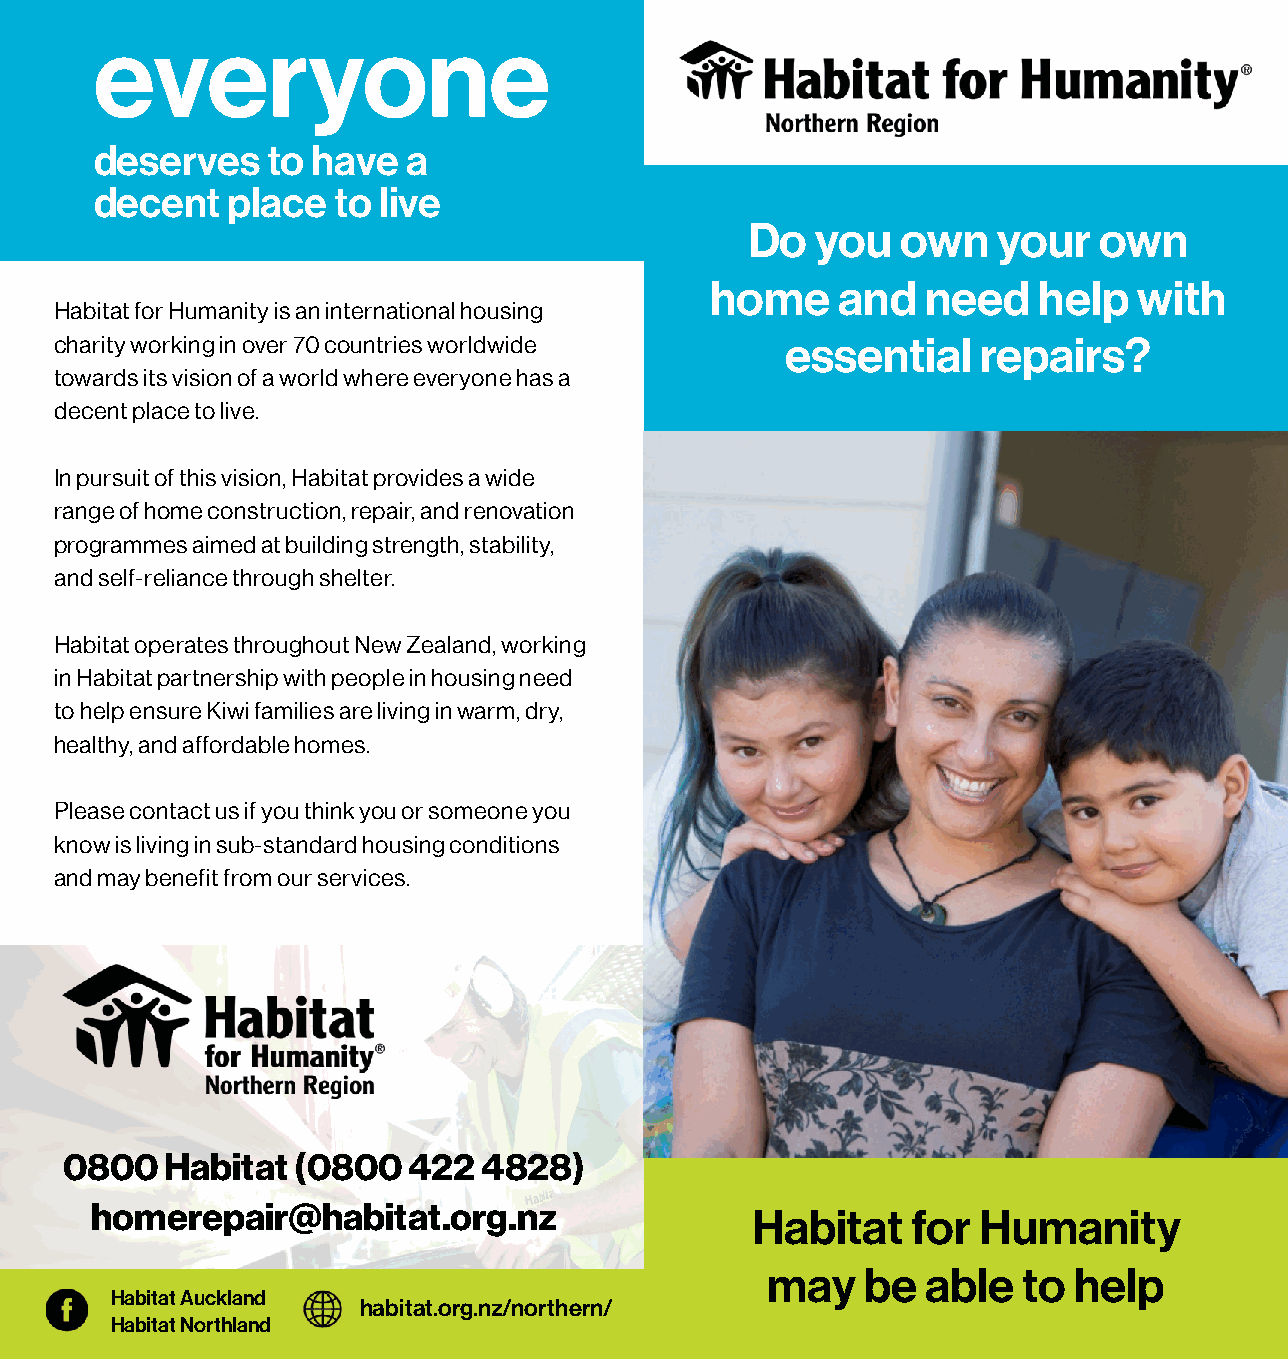
everyone
 deserves    to have  a
 decent   place  to live
 Do  you   own   your   own
 home    and   need    help  with
 Habitat for Humanity is an international housing
 charity working in over 70 countries worldwide  essential    repairs?
 towards its vision of a world where everyone has a
 decent place to live.
 In pursuit of this vision, Habitat provides a wide
 range of home construction, repair, and renovation
 programmes aimed at building strength, stability,
 and self-reliance through shelter.
 Habitat operates throughout New Zealand, working
 in Habitat partnership with people in housing need
 to help ensure Kiwi families are living in warm, dry,
 healthy, and affordable homes.
 Please contact us if you think you or someone you
 know is living in sub-standard housing conditions
 and may benefit from our services.
 0800   Habitat  (0800  422  4828)
 homerepair@habitat.org.nz
 Habitat   for  Humanity
 may   be  able   to help
 Habitat Auckland
 habitat.org.nz/northern/
 Habitat Northland